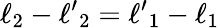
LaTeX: \ell_{2}-{\ell^{\prime}}_{2}={\ell^{\prime}}_{1}-\ell_{1}